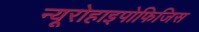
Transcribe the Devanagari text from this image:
न्यूरोहाइपोफिजिस